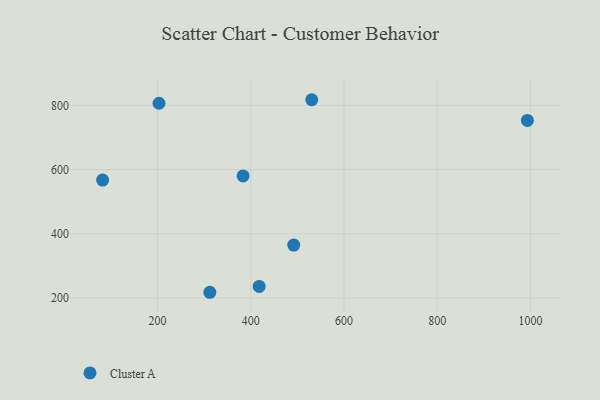
{"axis": {"x": "Speed", "y": "Exam Score"}, "legend": ["Cluster A"], "data": [{"x": "993.2", "y": 753.3, "type": "Cluster A"}, {"x": "312.1", "y": 217.5, "type": "Cluster A"}, {"x": "492.0", "y": 364.7, "type": "Cluster A"}, {"x": "203.0", "y": 806.8, "type": "Cluster A"}, {"x": "383.4", "y": 580.2, "type": "Cluster A"}, {"x": "417.9", "y": 235.7, "type": "Cluster A"}, {"x": "82.1", "y": 567.3, "type": "Cluster A"}, {"x": "530.7", "y": 817.8, "type": "Cluster A"}]}